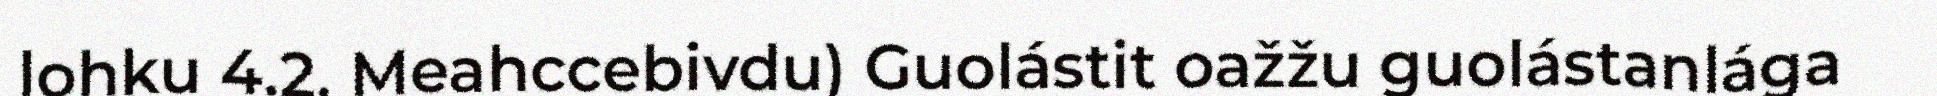
lohku 4.2. Meahccebivdu) Guolástit oažžu guolástanlága